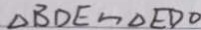
\Delta B D E \sim \Delta E D O